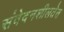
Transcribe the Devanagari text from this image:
संवेदनशीलतेस